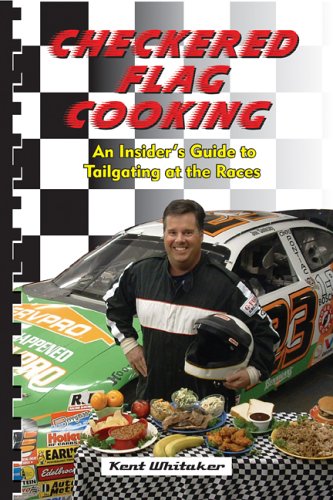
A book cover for Checkered Flag Cooking: An Insider's Guide to Tailgating at the Races; Kent Whitaker; Cookbooks, Food & Wine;